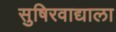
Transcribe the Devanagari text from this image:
सुषिरवाद्याला